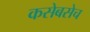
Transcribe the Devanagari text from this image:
कसेबसेच